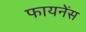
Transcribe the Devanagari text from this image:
फायनेंस